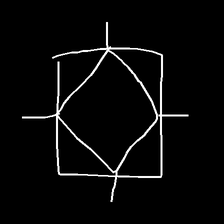
Glyph: light